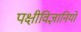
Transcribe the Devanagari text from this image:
पक्षीविज्ञानियों